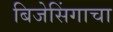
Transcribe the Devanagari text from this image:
बिजेसिंगाचा